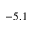
- 5 . 1